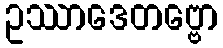
ဥဿာဒေတဗ္ဗော